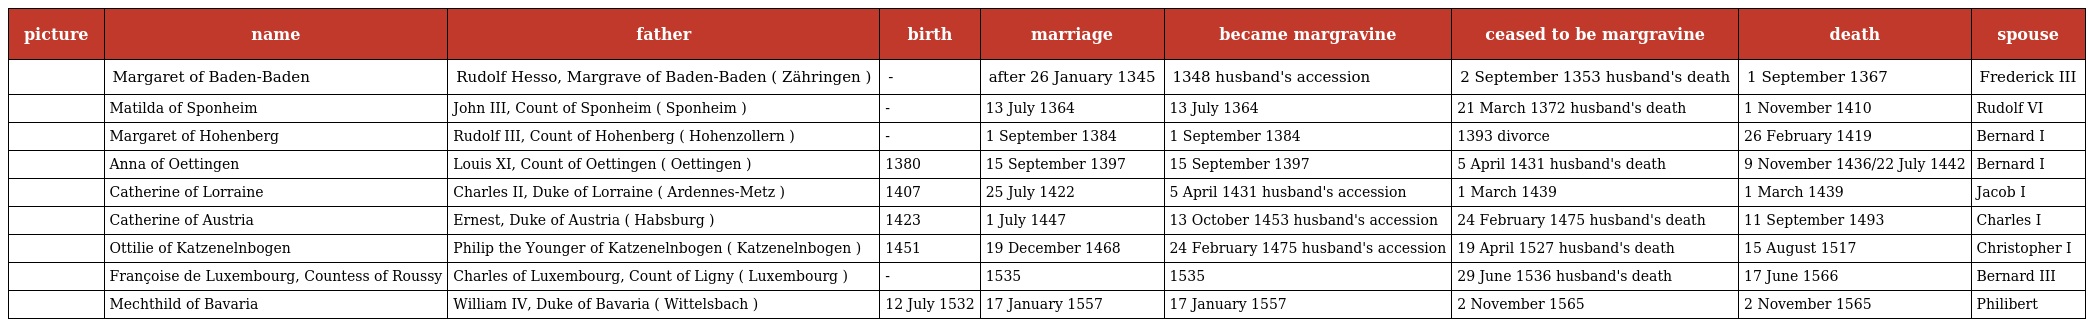
| picture | name | father | birth | marriage | became margravine | ceased to be margravine | death | spouse |
 | --- | --- | --- | --- | --- | --- | --- | --- | --- |
 |  | Margaret of Baden-Baden | Rudolf Hesso, Margrave of Baden-Baden ( Zähringen ) | - | after 26 January 1345 | 1348 husband's accession | 2 September 1353 husband's death | 1 September 1367 | Frederick III |
 |  | Matilda of Sponheim | John III, Count of Sponheim ( Sponheim ) | - | 13 July 1364 | 13 July 1364 | 21 March 1372 husband's death | 1 November 1410 | Rudolf VI |
 |  | Margaret of Hohenberg | Rudolf III, Count of Hohenberg ( Hohenzollern ) | - | 1 September 1384 | 1 September 1384 | 1393 divorce | 26 February 1419 | Bernard I |
 |  | Anna of Oettingen | Louis XI, Count of Oettingen ( Oettingen ) | 1380 | 15 September 1397 | 15 September 1397 | 5 April 1431 husband's death | 9 November 1436/22 July 1442 | Bernard I |
 |  | Catherine of Lorraine | Charles II, Duke of Lorraine ( Ardennes-Metz ) | 1407 | 25 July 1422 | 5 April 1431 husband's accession | 1 March 1439 | 1 March 1439 | Jacob I |
 |  | Catherine of Austria | Ernest, Duke of Austria ( Habsburg ) | 1423 | 1 July 1447 | 13 October 1453 husband's accession | 24 February 1475 husband's death | 11 September 1493 | Charles I |
 |  | Ottilie of Katzenelnbogen | Philip the Younger of Katzenelnbogen ( Katzenelnbogen ) | 1451 | 19 December 1468 | 24 February 1475 husband's accession | 19 April 1527 husband's death | 15 August 1517 | Christopher I |
 |  | Françoise de Luxembourg, Countess of Roussy | Charles of Luxembourg, Count of Ligny ( Luxembourg ) | - | 1535 | 1535 | 29 June 1536 husband's death | 17 June 1566 | Bernard III |
 |  | Mechthild of Bavaria | William IV, Duke of Bavaria ( Wittelsbach ) | 12 July 1532 | 17 January 1557 | 17 January 1557 | 2 November 1565 | 2 November 1565 | Philibert |